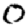
Digit: 0